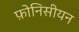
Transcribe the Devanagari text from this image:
फ़ोनिसीयन